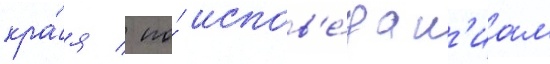
кра́я / по́ испов'е́дан'иам